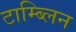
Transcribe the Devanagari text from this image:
टाम्ब्लिन